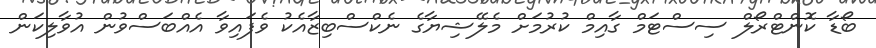
ބޯޑާ ކޮންޓްރޯލް ސިސްޓަމް ގާއިމް ކުރުމަށް މެލޭޝިޔާގެ ނެކްސްބިޒާއެކު ވެފައިވާ އެއްބަސްވުން އުވާލިކަން